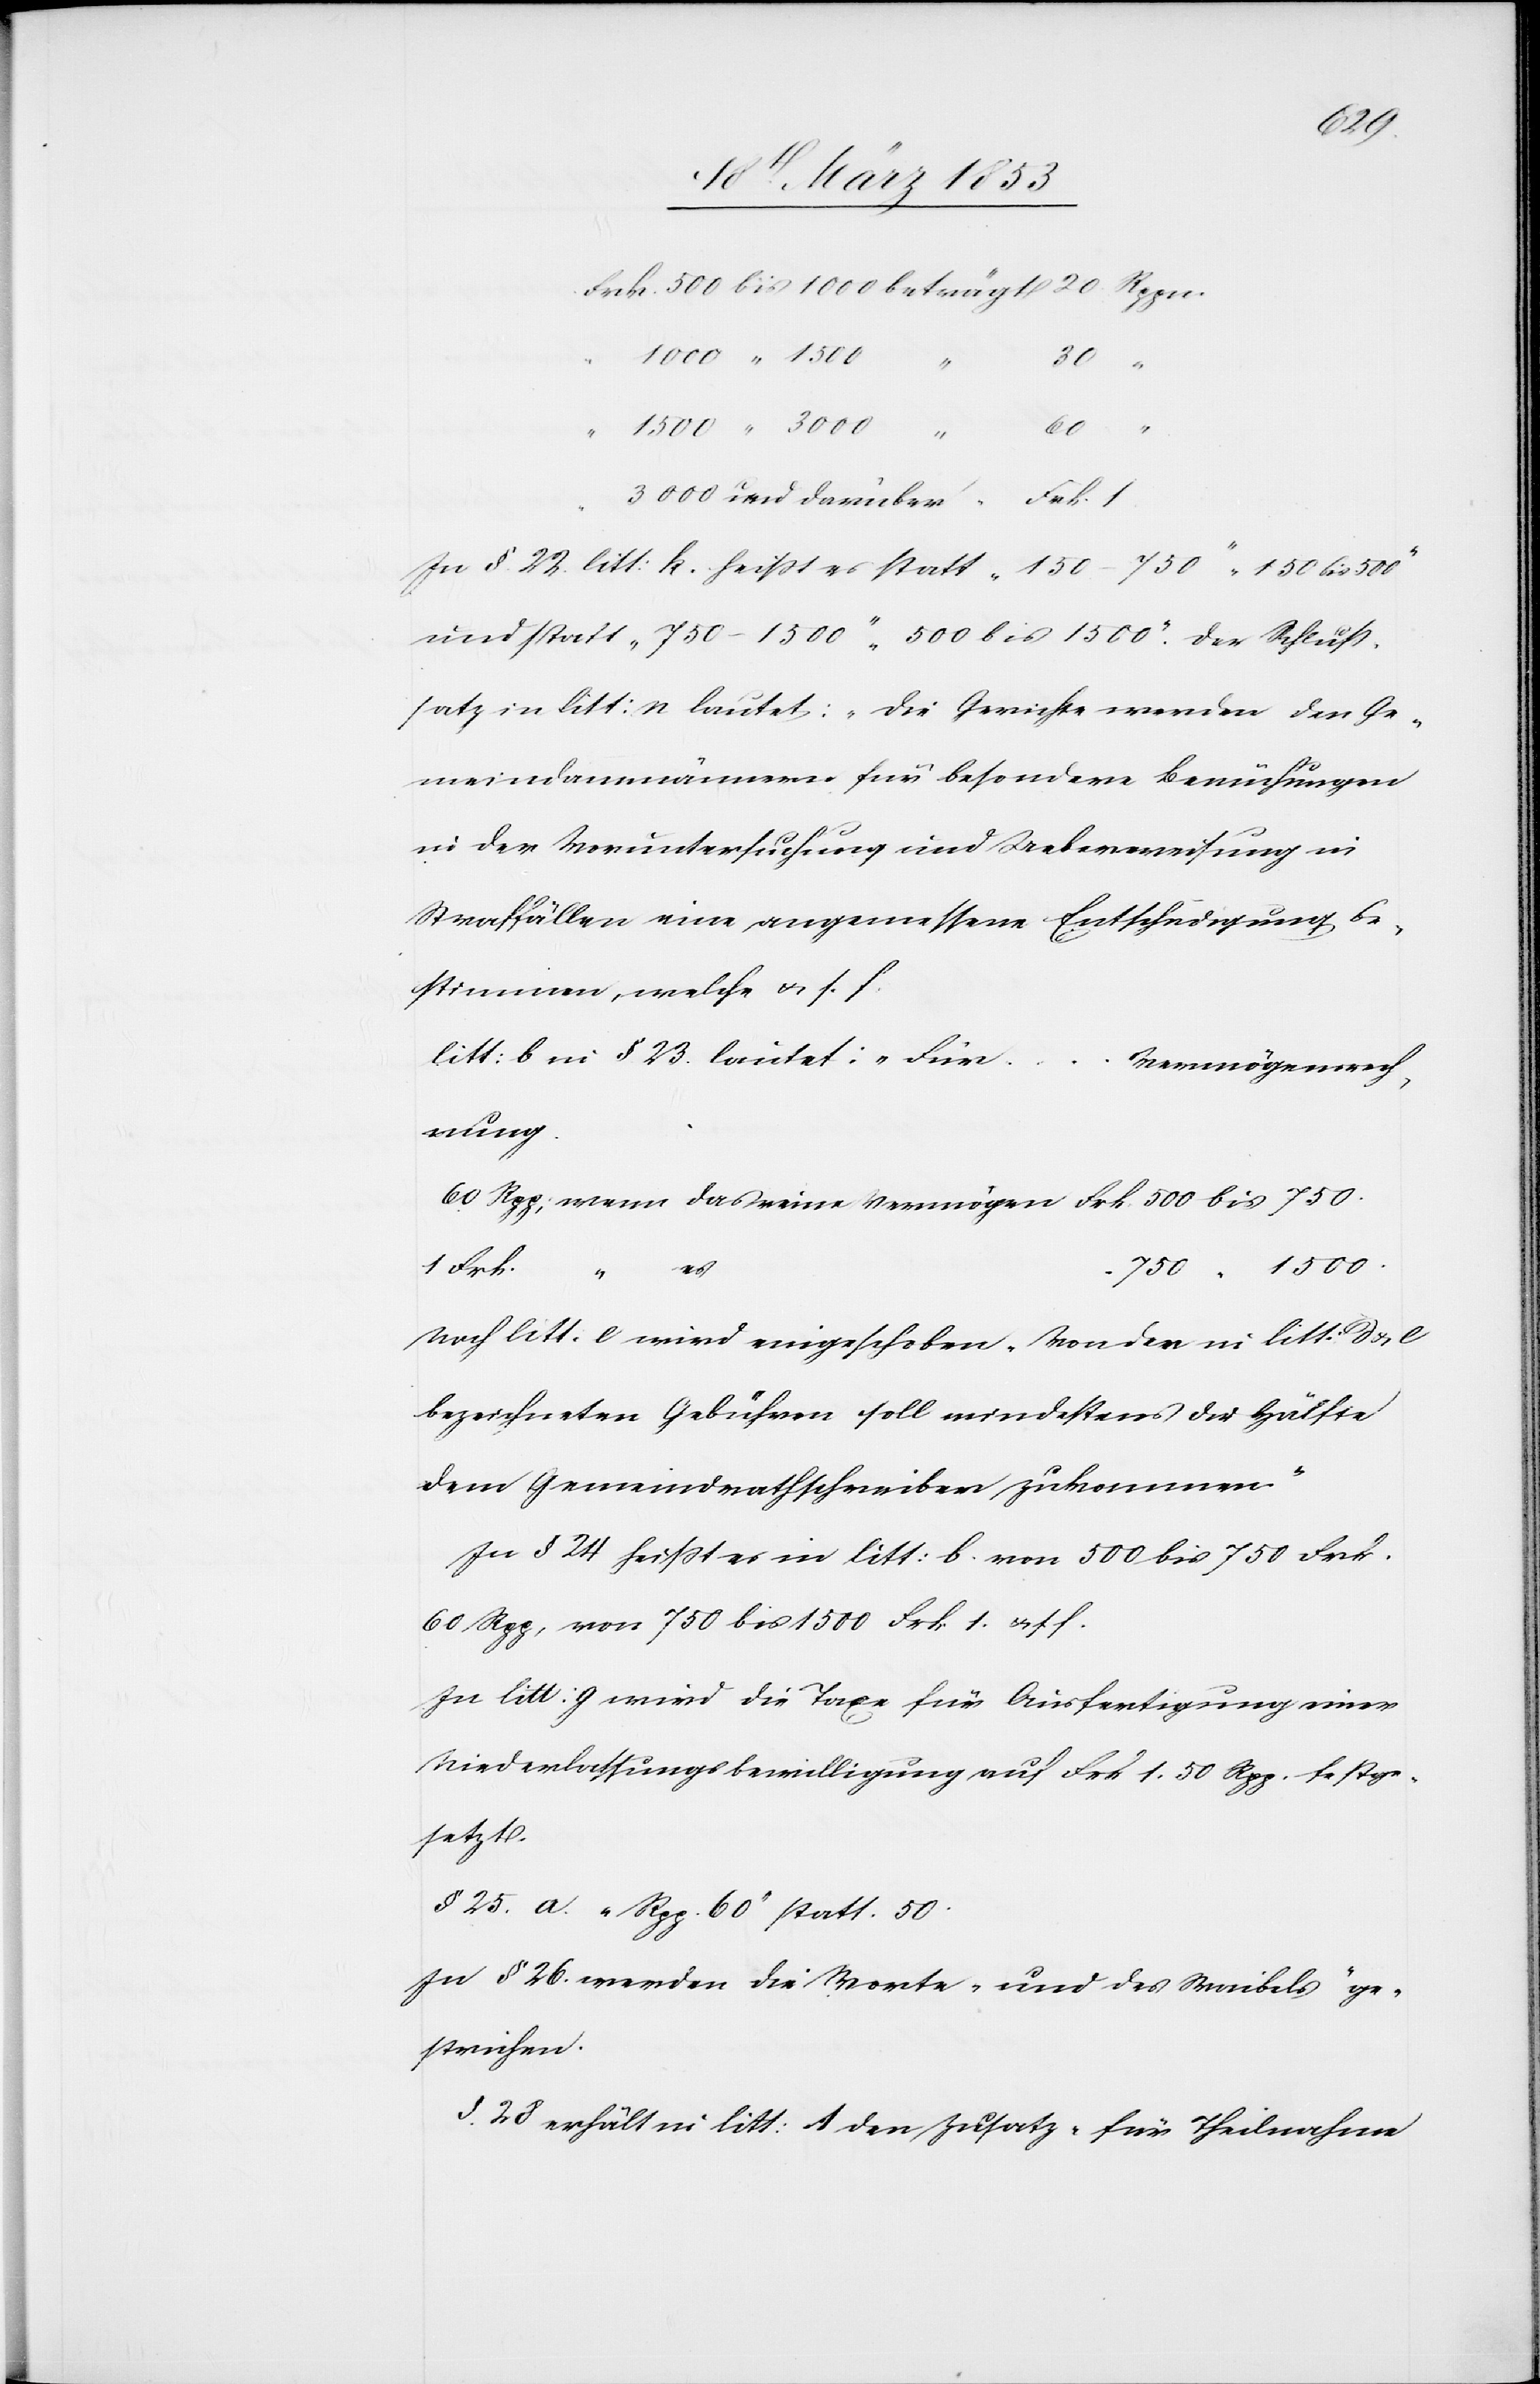
Frk.		500 bis 1000 beträgt 20 Rppn.
“		3000 und darüber 	Frk. 1.
In § 22 litt: k. heißt es statt „150–750“ „150 bis 500“
und statt „750–1500“ „500 bis 1500“. Der Schluß¬
satz in litt: r lautet: „Die Gerichte werden den Ge¬
meindammänner für besondere Bemühungen
in der Voruntersuchung und Ueberweisung in
Straffällen eine angemessene Entschädigung be¬
stimmen, welche u. s. f.
litt: b in § 23. lautet: „Für…V¬
ermögensrech¬
nung.
60 Rpp; wenn das reine Vermögen Frk. 500 bis 750.
750 “ 1500.
1 Frk.
Nach litt. e wird eingeschoben „Von den in litt: d u. e
bezeichneten Gebühren soll mindestens die Hälfte
dem Gemeindrathsschreiber zukommen.“
In § 24 heißt es in litt: b. von 500 bis 750 Frk.
60 Rpp, von 750 bis 1500 Frk. 1. u. s. f.
In litt: g wird die Taxe für Ausfertigung einer
Niederlaßungsbewilligung auf Frk. 1. 50 Rpp. festge¬
setzt.
§ 25. a. „Rpp 60“ statt. 50.
In § 26 werden die Worte „und des Waibels“ ge¬
strichen.
§ 28. erhält in litt: A. den Zusatz „für Theilnahme